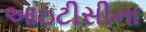
આઇટીસીના